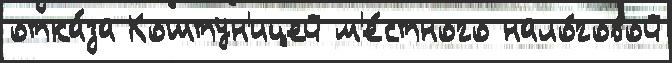
отка́за Коштун'ицей м'е́стного нало́говой